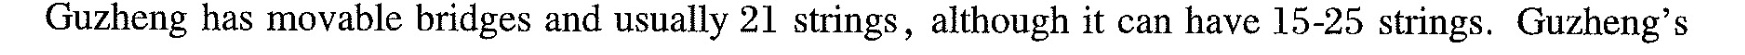
Guzheng has movable bridges and usually 21 strings, although it can have 15-25 strings. Guzheng's